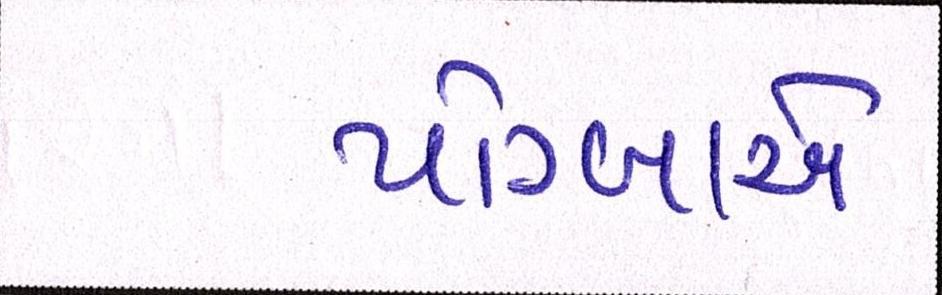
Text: પોગ્બાએ